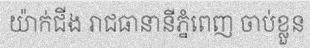
យ៉ាក់ជីង រាជធានានីភ្នំពេញ ចាប់ខ្លួន